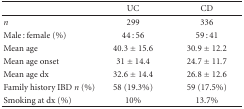
<table><thead><tr><td></td><td><b>UC</b></td><td><b>CD</b></td></tr></thead><tbody><tr><td><i>n</i></td><td>299</td><td>336</td></tr><tr><td>Male : female (%)</td><td>44 : 56</td><td>59 : 41</td></tr><tr><td>Mean age</td><td>40.3 ± 15.6</td><td>30.9 ± 12.2</td></tr><tr><td>Mean age onset</td><td>31 ± 14.4</td><td>24.7 ± 11.7</td></tr><tr><td>Mean age dx</td><td>32.6 ± 14.4</td><td>26.8 ± 12.6</td></tr><tr><td>Family history IBD <i>n</i> (%)</td><td>58 (19.3%)</td><td>59 (17.5%)</td></tr><tr><td>Smoking at dx (%)</td><td>10%</td><td>13.7%</td></tr></tbody></table>